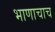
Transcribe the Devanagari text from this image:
भाणाचाच